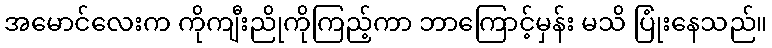
အမောင်လေးက ကိုကျီးညိုကိုကြည့်ကာ ဘာကြောင့်မှန်း မသိ ပြုံးနေသည်။